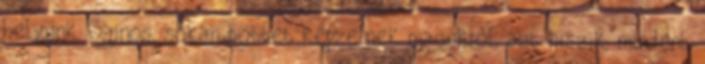
helyünk. Sajnos, sokan többet képzelnek magukról, azt hiszik, mindent